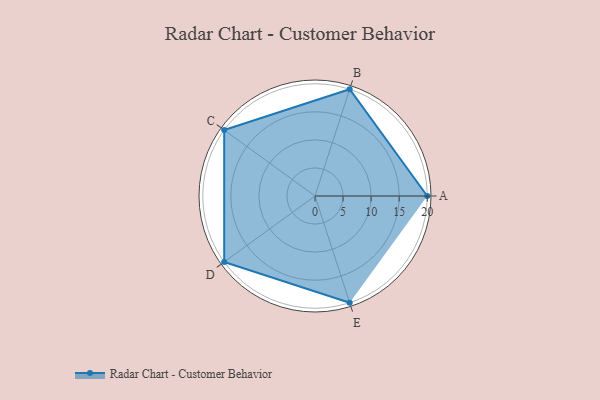
{"axis": {"x": "Skill", "y": "Score"}, "legend": ["Profile"], "data": [{"x": "A", "y": 20.0, "type": "Profile"}, {"x": "B", "y": 20, "type": "Profile"}, {"x": "C", "y": 20, "type": "Profile"}, {"x": "D", "y": 20, "type": "Profile"}, {"x": "E", "y": 20, "type": "Profile"}]}